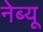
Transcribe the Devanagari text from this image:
नेब्यू